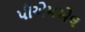
પીએમએલ